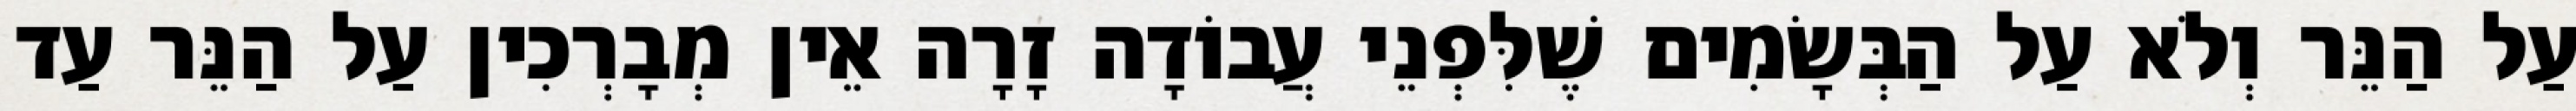
עַל הַנֵּר וְלֹא עַל הַבְּשָׂמִים שֶׁלִּפְנֵי עֲבוֹדָה זָרָה אֵין מְבָרְכִין עַל הַנֵּר עַד